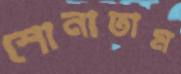
শোনাতাম